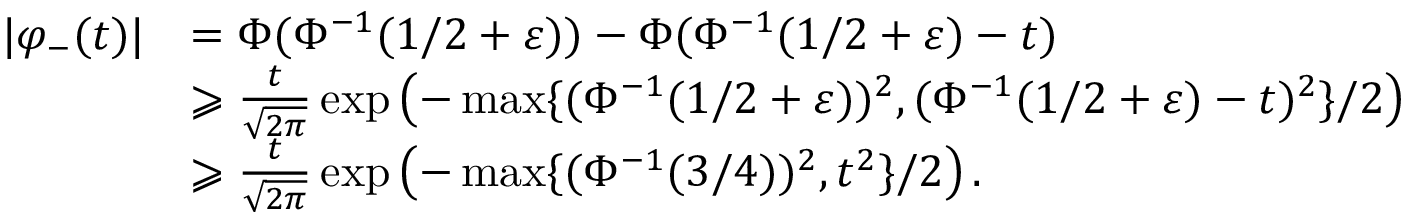
\begin{array} { r l } { | \varphi _ { - } ( t ) | } & { = \Phi ( \Phi ^ { - 1 } ( 1 / 2 + \varepsilon ) ) - \Phi ( \Phi ^ { - 1 } ( 1 / 2 + \varepsilon ) - t ) } \\ & { \geqslant \frac { t } { \sqrt { 2 \pi } } \exp \left( - \operatorname* { m a x } \{ ( \Phi ^ { - 1 } ( 1 / 2 + \varepsilon ) ) ^ { 2 } , ( \Phi ^ { - 1 } ( 1 / 2 + \varepsilon ) - t ) ^ { 2 } \} / 2 \right) } \\ & { \geqslant \frac { t } { \sqrt { 2 \pi } } \exp \left( - \operatorname* { m a x } \{ ( \Phi ^ { - 1 } ( 3 / 4 ) ) ^ { 2 } , t ^ { 2 } \} / 2 \right) . } \end{array}